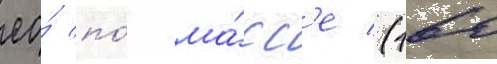
ео́ по́ ма́сс'е (160